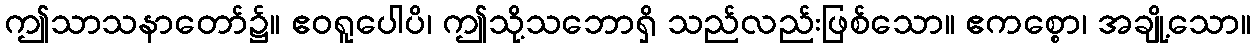
ဤသာသနာတော်၌။ ဧဝရူပေါပိ၊ ဤသို့သဘောရှိ သည်လည်းဖြစ်သော။ ဧကစ္စော၊ အချို့သော။